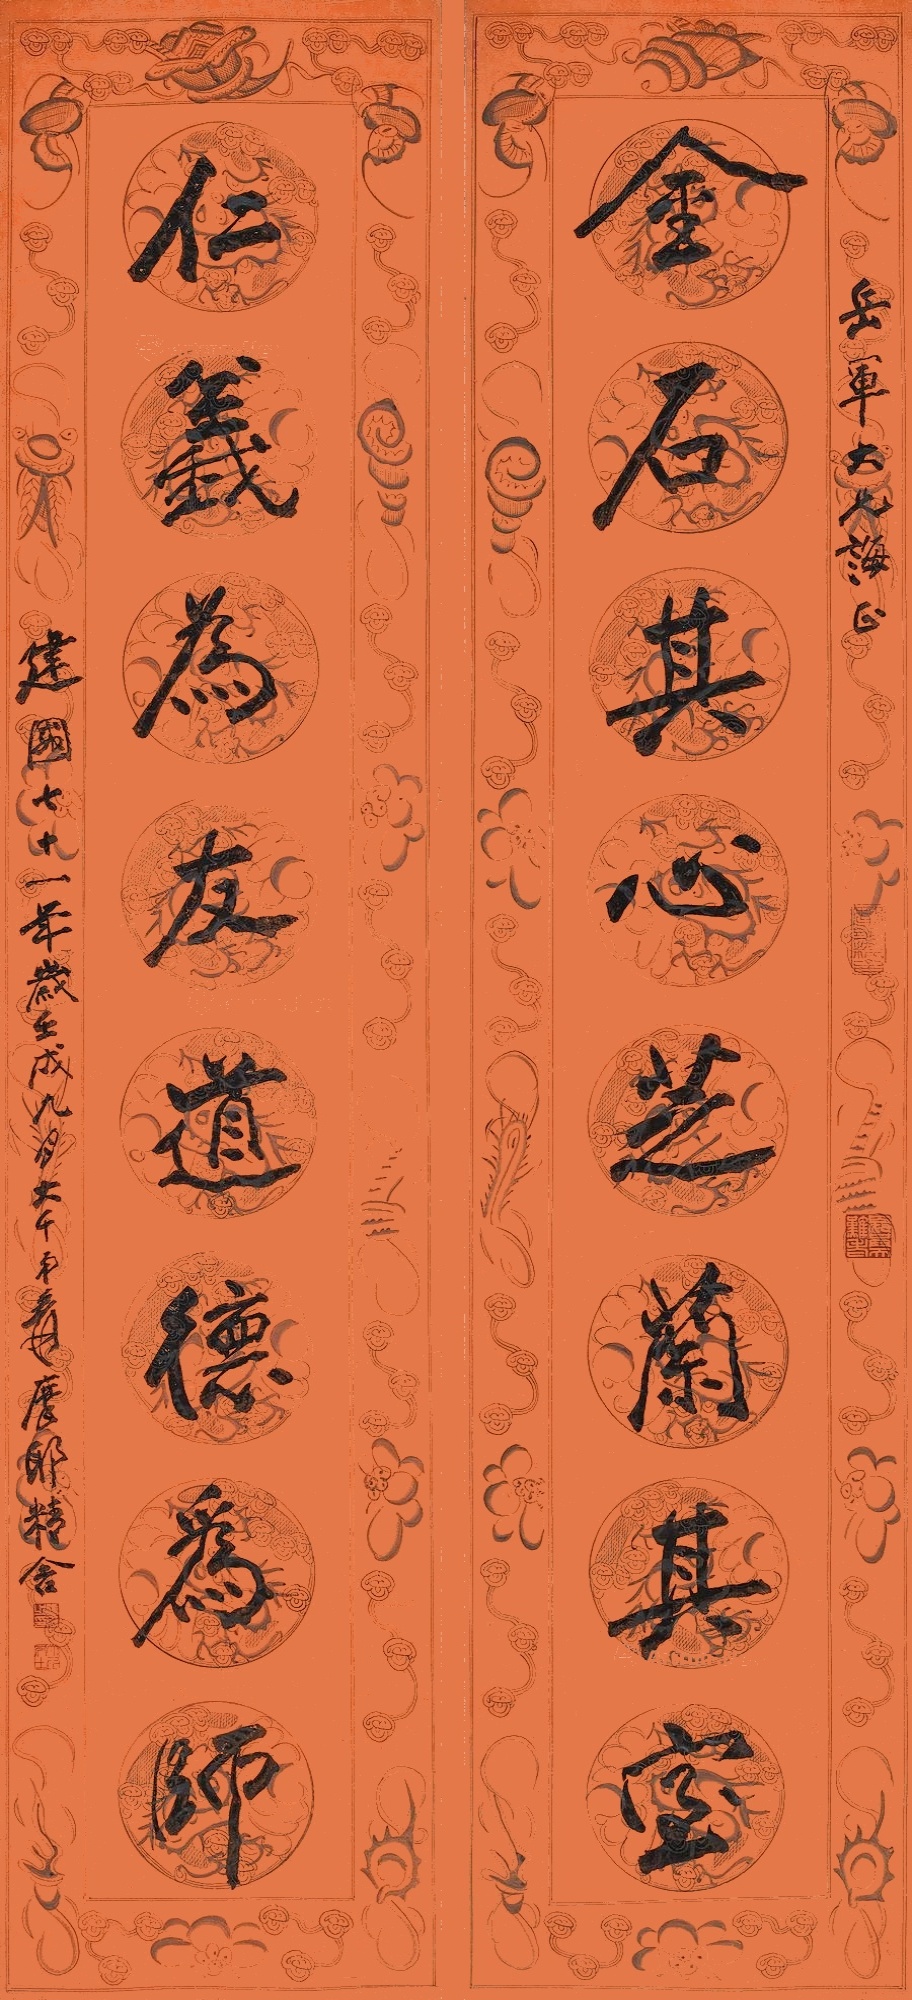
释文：金石其心，芝兰其室；仁义为友，道德为师。岳军大兄诲正。建国七十一年岁壬戌九月，大千弟爰，摩耶精舍。